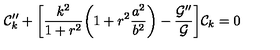
{ \cal C } _ { k } ^ { \prime \prime } + \biggl [ \frac { k ^ { 2 } } { 1 + r ^ { 2 } } \biggl ( 1 + r ^ { 2 } \frac { a ^ { 2 } } { b ^ { 2 } } \biggr ) - \frac { { \cal G } ^ { \prime \prime } } { { \cal G } } \biggr ] { \cal C } _ { k } = 0